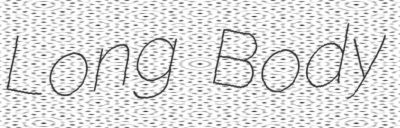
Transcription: Long Body